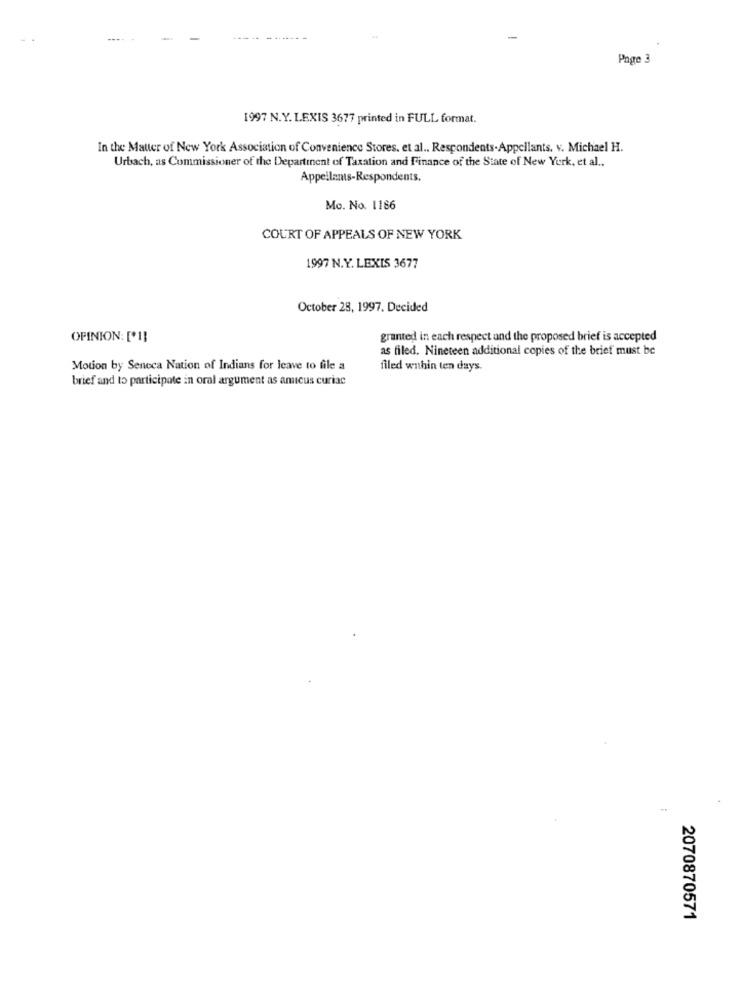
Page 3
1997 N.Y. LEXIS 3677 printed in FULL format.
In the Matter of New York Association of Convenience Stores. et al .. Respondents.Appellants. v. Michael H.
Urbach, as Commissioner of the Departinent of Taxation and Finance of the State of New York, et al ..
Appellants-Respondents.
Mo. No. 1186
COURT OF APPEALS OF NEW YORK
1997 N.Y. LEXIS 3677
October 28, 1997. Decided
OPINION: [*1]
granted in each respect and the proposed brief is accepted
as filed. Nineteen additional copies of the brief must be
Motion by Seneca Nation of Indians for leave to file a
filed wnhin ten days.
brief and to participate in oral argument as amicus curiac
2070870571